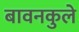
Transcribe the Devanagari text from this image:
बावनकुले